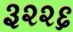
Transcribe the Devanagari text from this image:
३२२६